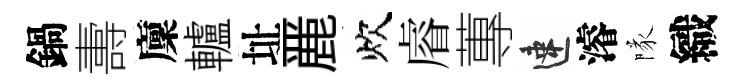
鍋夀廩轤址䴡炊𥈠蓴速濬隊織